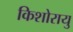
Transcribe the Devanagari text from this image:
किशोरायु